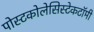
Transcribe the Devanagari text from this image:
पोस्टकोलेसिस्टेकटॉमी